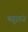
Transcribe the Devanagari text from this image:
मयुरगंज